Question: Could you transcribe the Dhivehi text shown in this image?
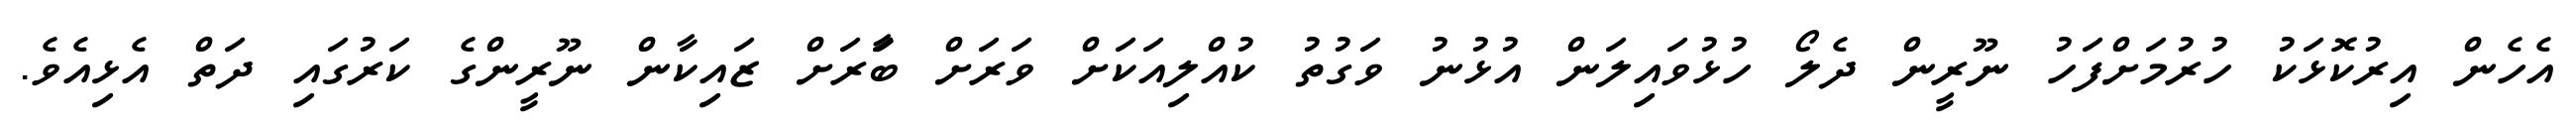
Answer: އެހެން އިރުކޮޅަކު ހުރުމަށްފަހު ނޫރީން ދެލޯ ހުޅުވައިލަން އުޅުނު ވަގުތު ކުއްލިއަކަށް ވަރަށް ބާަރަށް ޒައިކާން ނޫރީންގެ ކަރުގައި ދަތް އެޅިއެވެ.